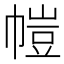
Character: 𫷋